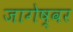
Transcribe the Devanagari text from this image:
जागेष्वर